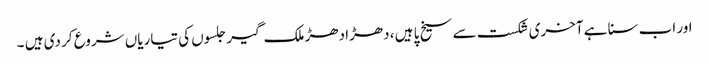
اور اب سنا ہے آخری شکست سے سیخ پا ہیں ، دھڑا دھڑ ملک گیر جلسوں کی تیاریاں شروع کر دی ہیں ۔